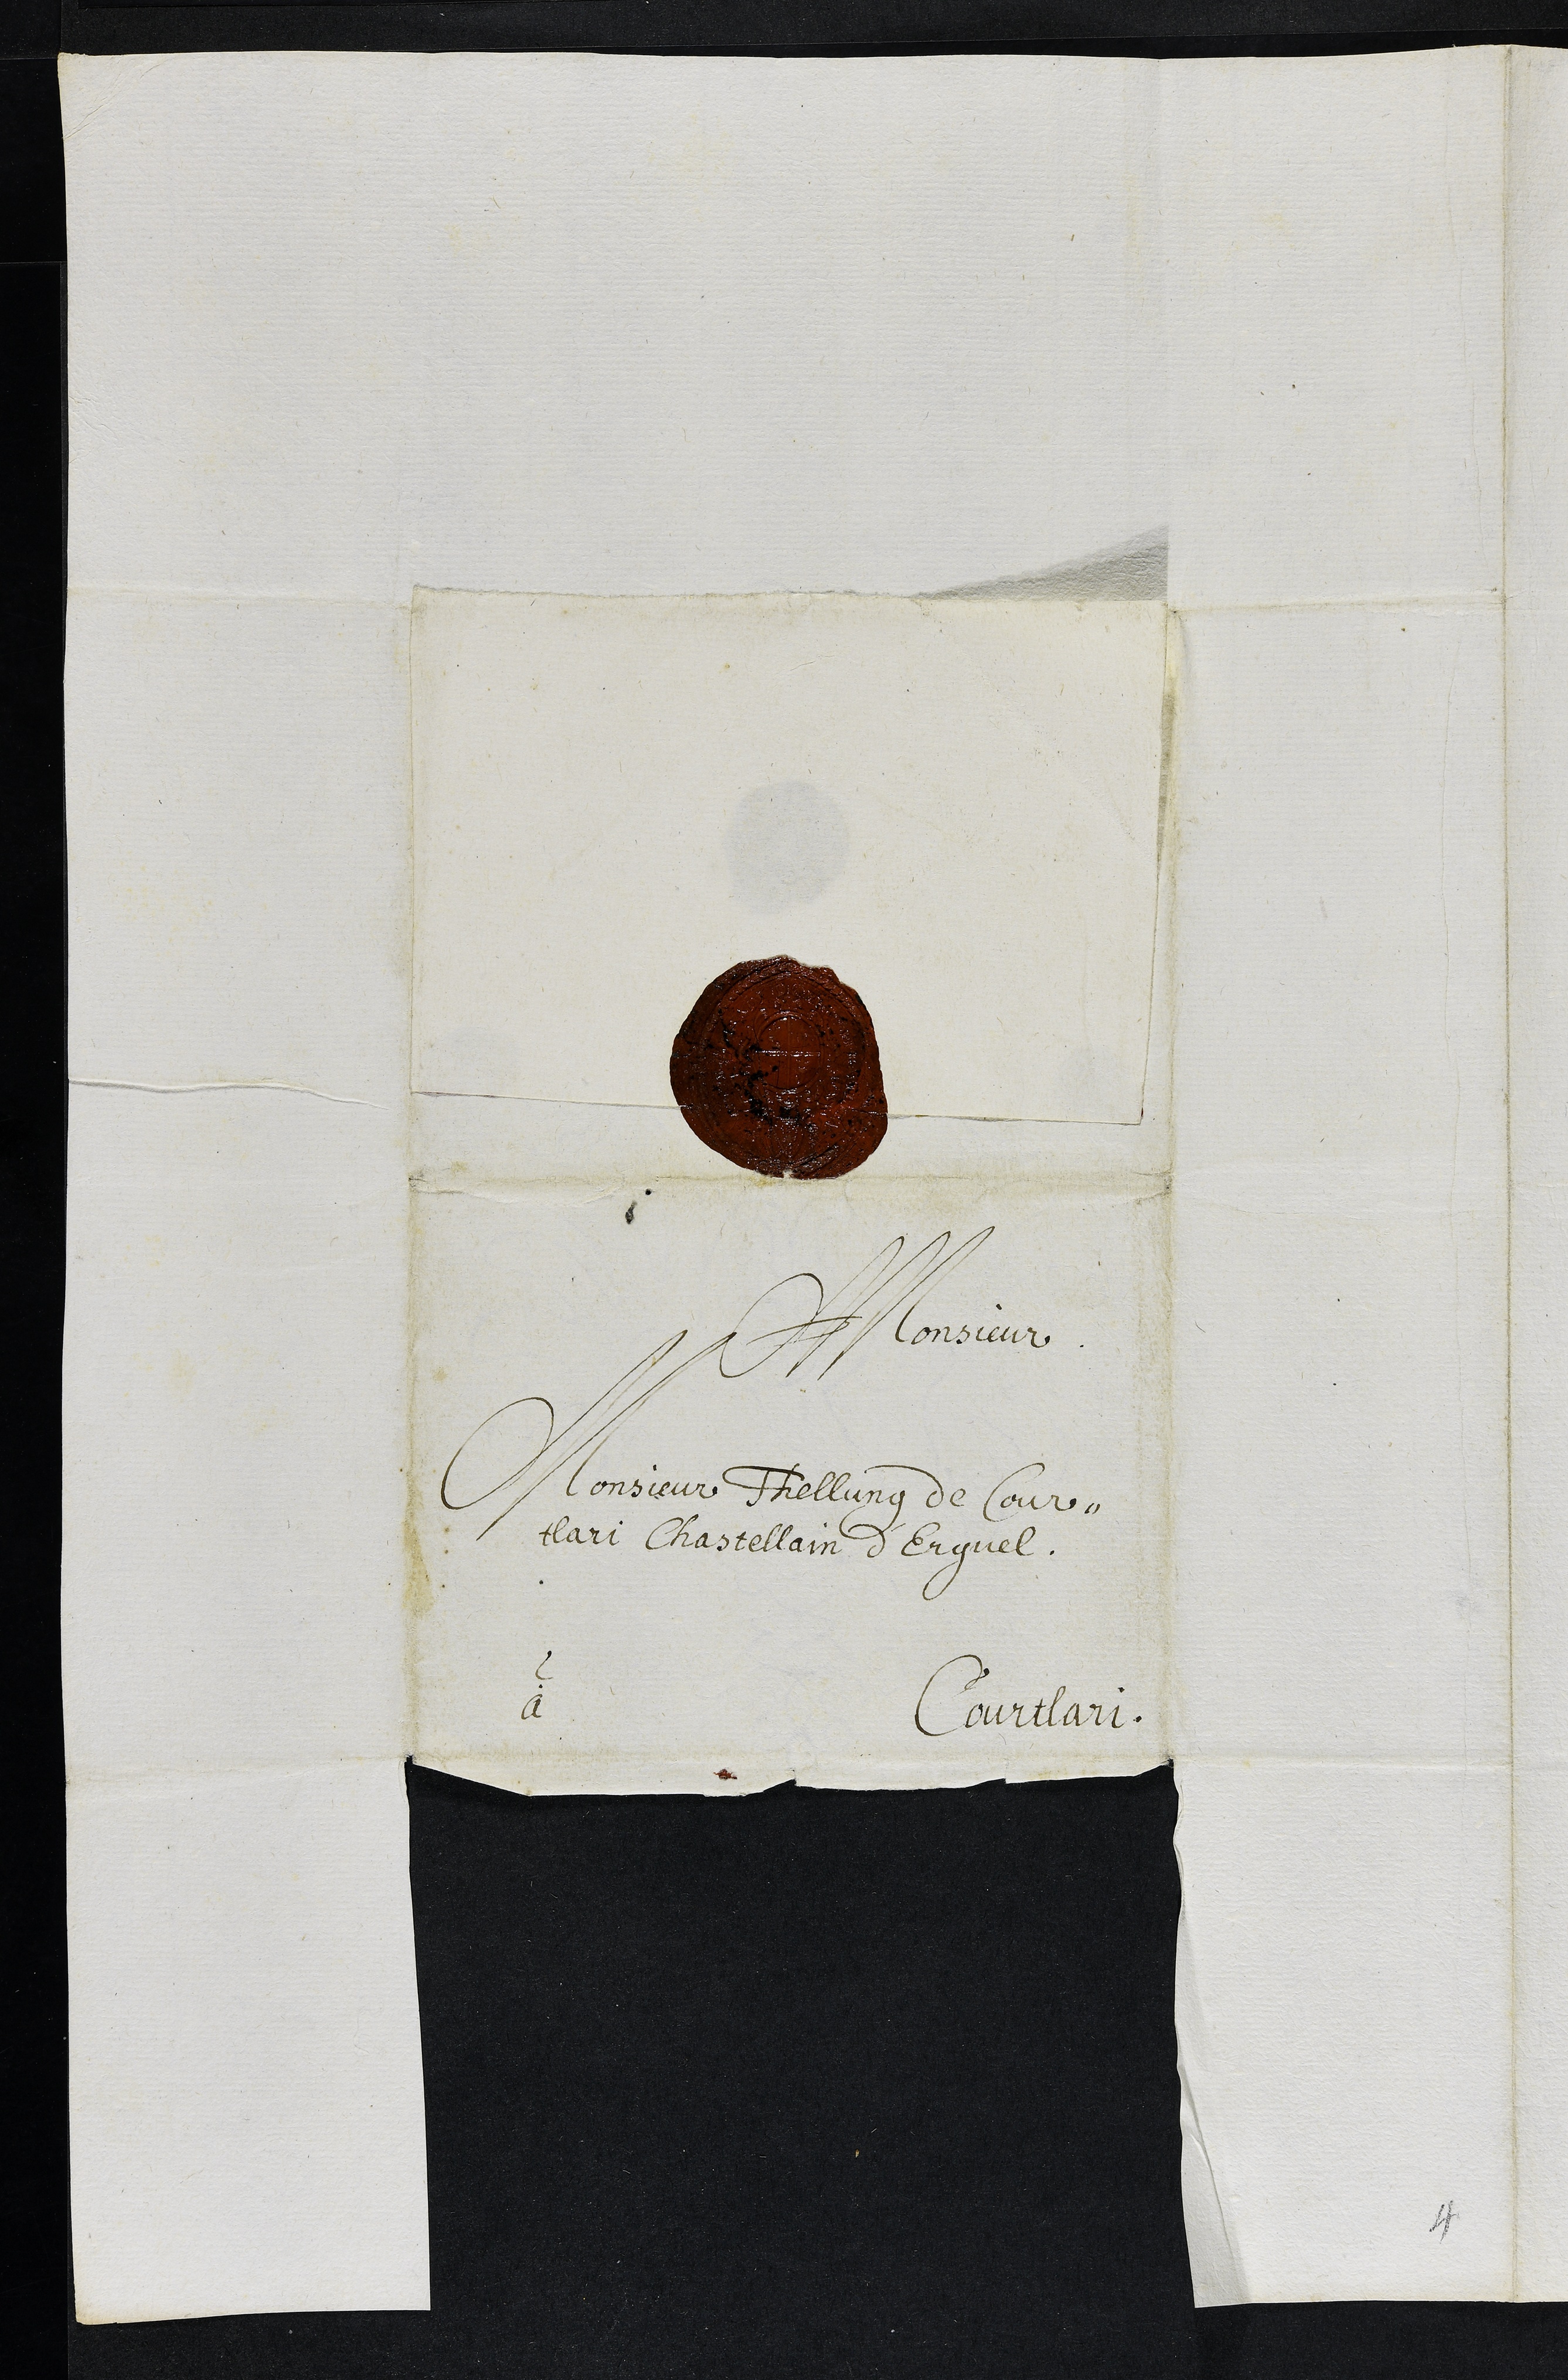
Monsieur
Monsieur Thellung de Cour¬
tlari Chasellain d'Erguel
à
Courtlari
4